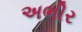
અભીર